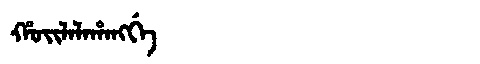
Manchu: ᡥᠣᡳᠯᠠᠯᠠᡥᠠᠩᡤᡝ
Romanization: HOILALAHANGGE